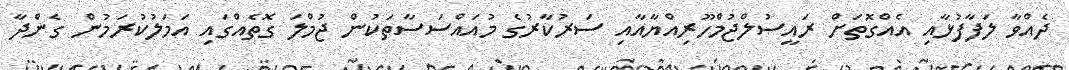
ދެއްވާ ލަފާފުޅާއި އެއްގޮތަށް ރައީސުލްޖުމްހޫރިއްޔާއާއި ސަރުކާރުގެ މުއައްސަސާތަކުން ޖުމްލަ ގޮތެއްގައި އަމަލުކުރަމުން ގެންދާ